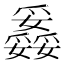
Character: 𤕇